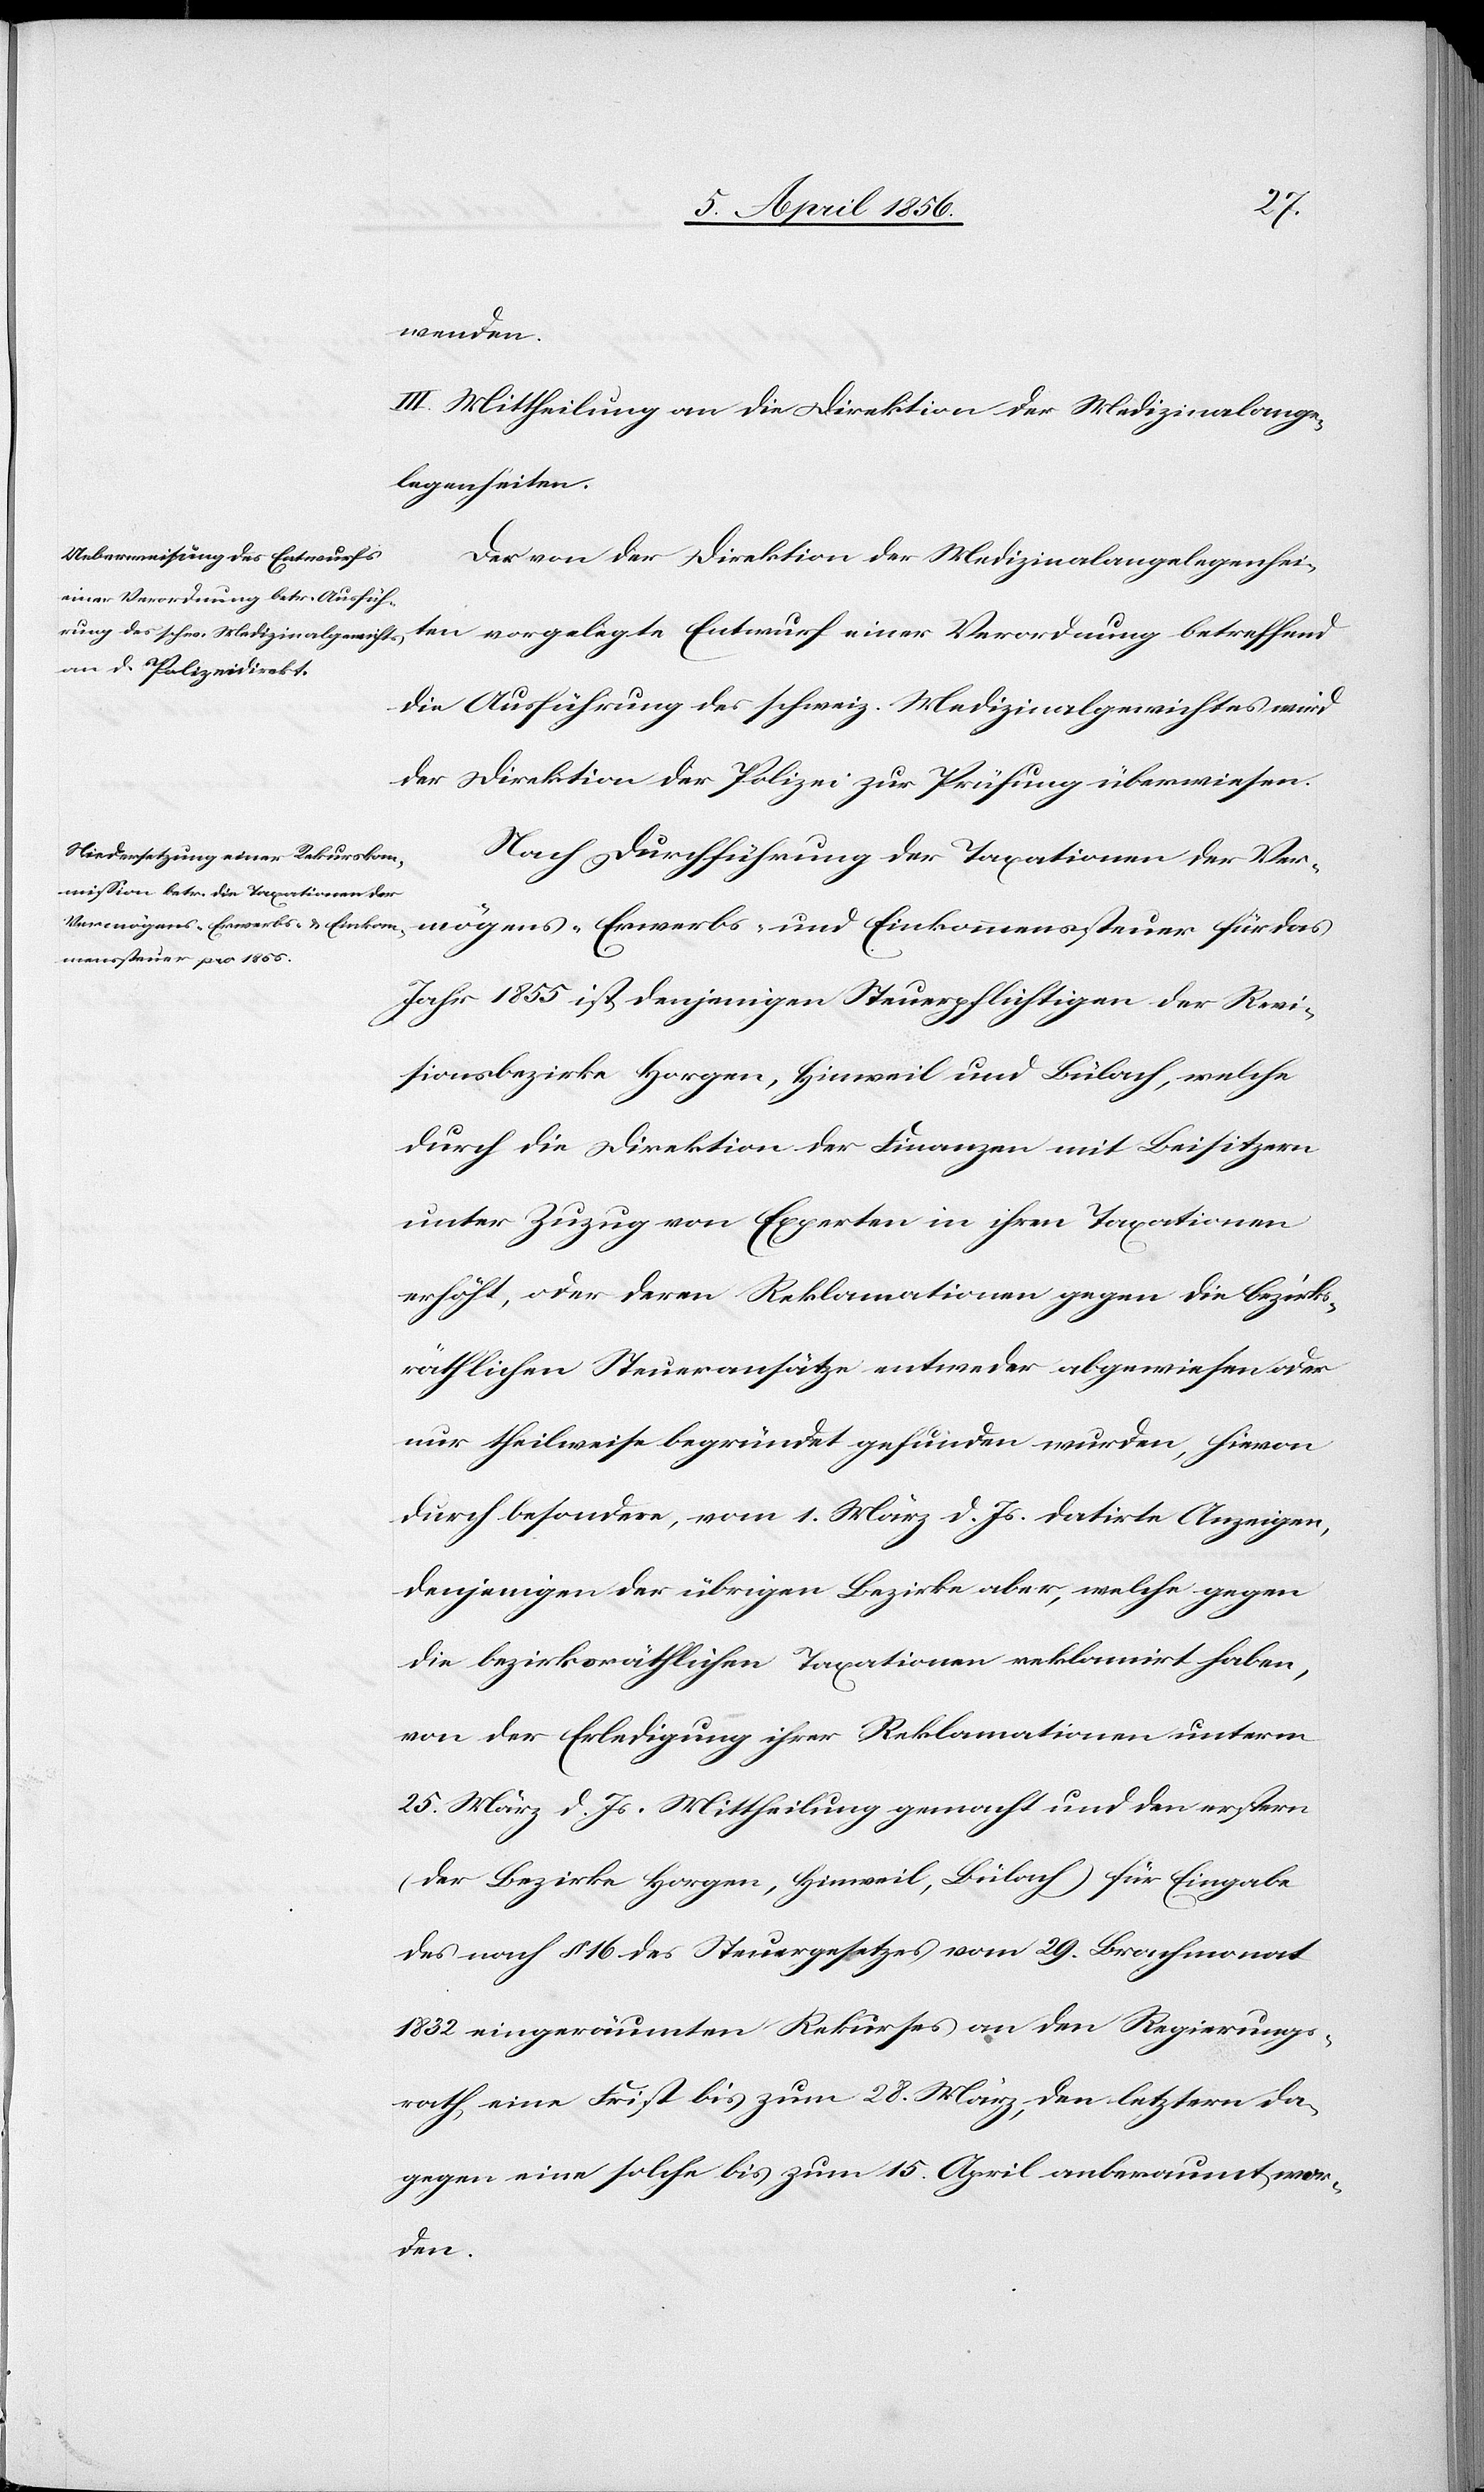
wenden.
III. Mittheilung an die Direktion der Medizinalange¬
legenheiten.
Der von der Direktion der Medizinalangelegenheiten
die Ausführung des schweiz. Medizinalgerichtes wird
der Direktion der Polizei zur Prüfung überwiesen.
Nach Durchführung der Taxationen der Ver¬
mögens-[,] Erwerbs- und Einkommenssteuer für das
Jahr 1855 ist denjenigen Steuerpflichtigen der Revi¬
sionsbezirke Horgen, Hinweil und Bülach, welche
durch die Direktion der Finanzen mit Beisitzern
unter Zuzug von Experten in ihren Taxationen
erhöht, oder deren Reklamationen gegen die bezirks¬
räthlichen Steueransätze entweder abgewiesen oder
nur theilweise begründet gefunden wurden, hievon
durch besondere, vom 1. März d. Js. datirte Anzeigen,
denjenigen der übrigen Bezirke aber, welche gegen
die bezirksräthlichen Taxationen reklamirt haben,
von der Erledigung ihrer Reklamationen unterm
25. März d. Js. Mittheilung gemacht und den ersten
(der Bezirke Horgen, Hinweil, Bülach) für Eingabe
des nach § 16 des Steuergesetzes vom 29. Brachmonat
1832 eingeräumten Rekurses an den Regierungs¬
rath, eine Frist bis zum 28. März, den letztern da¬
gegen eine solche bis zum 15. April anberaumt wor¬
den.